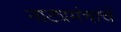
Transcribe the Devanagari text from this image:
नाट्यमंचाचे